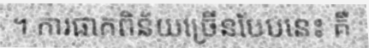
។ ការផាកពិន័យច្រើនបែបនេះ គឺ